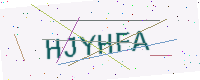
Text: HJYHFA